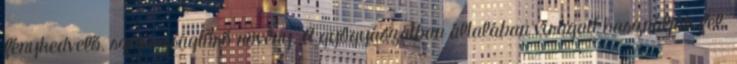
fénykedvelő, szárazságtűrő növény. A gyógyászatban általában virágait használják fel.